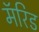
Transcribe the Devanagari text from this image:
मॅरिड